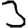
Digit: 3